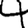
Digit: 4